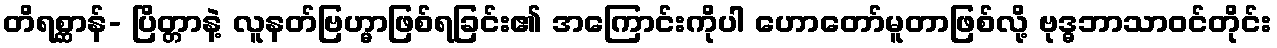
တိရစ္ဆာန်- ပြိတ္တာနဲ့ လူနတ်ဗြဟ္မာဖြစ်ရခြင်း၏ အကြောင်းကိုပါ ဟောတော်မူတာဖြစ်လို့ ဗုဒ္ဓဘာသာဝင်တိုင်း